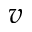
v